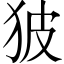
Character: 狓